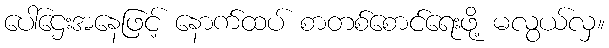
ပေါ်ဌေးအနေဖြင့် နောက်ထပ် စာတစ်စောင်ရေးဖို့ မလွယ်လှ။